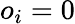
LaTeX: o_{i}=0